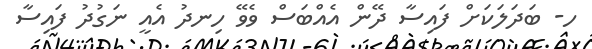
ހ- ބަދަލަކަށް ފައިސާ ދޭން އެއްބަސް ވެވޭ ހިނދު އެއީ ނަގުދު ފައިސާ